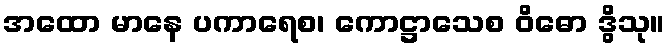
အထော မာနေ ပကာရေစ၊ ကောဋ္ဌာသေစ ဝိဓော ဒွိသု။